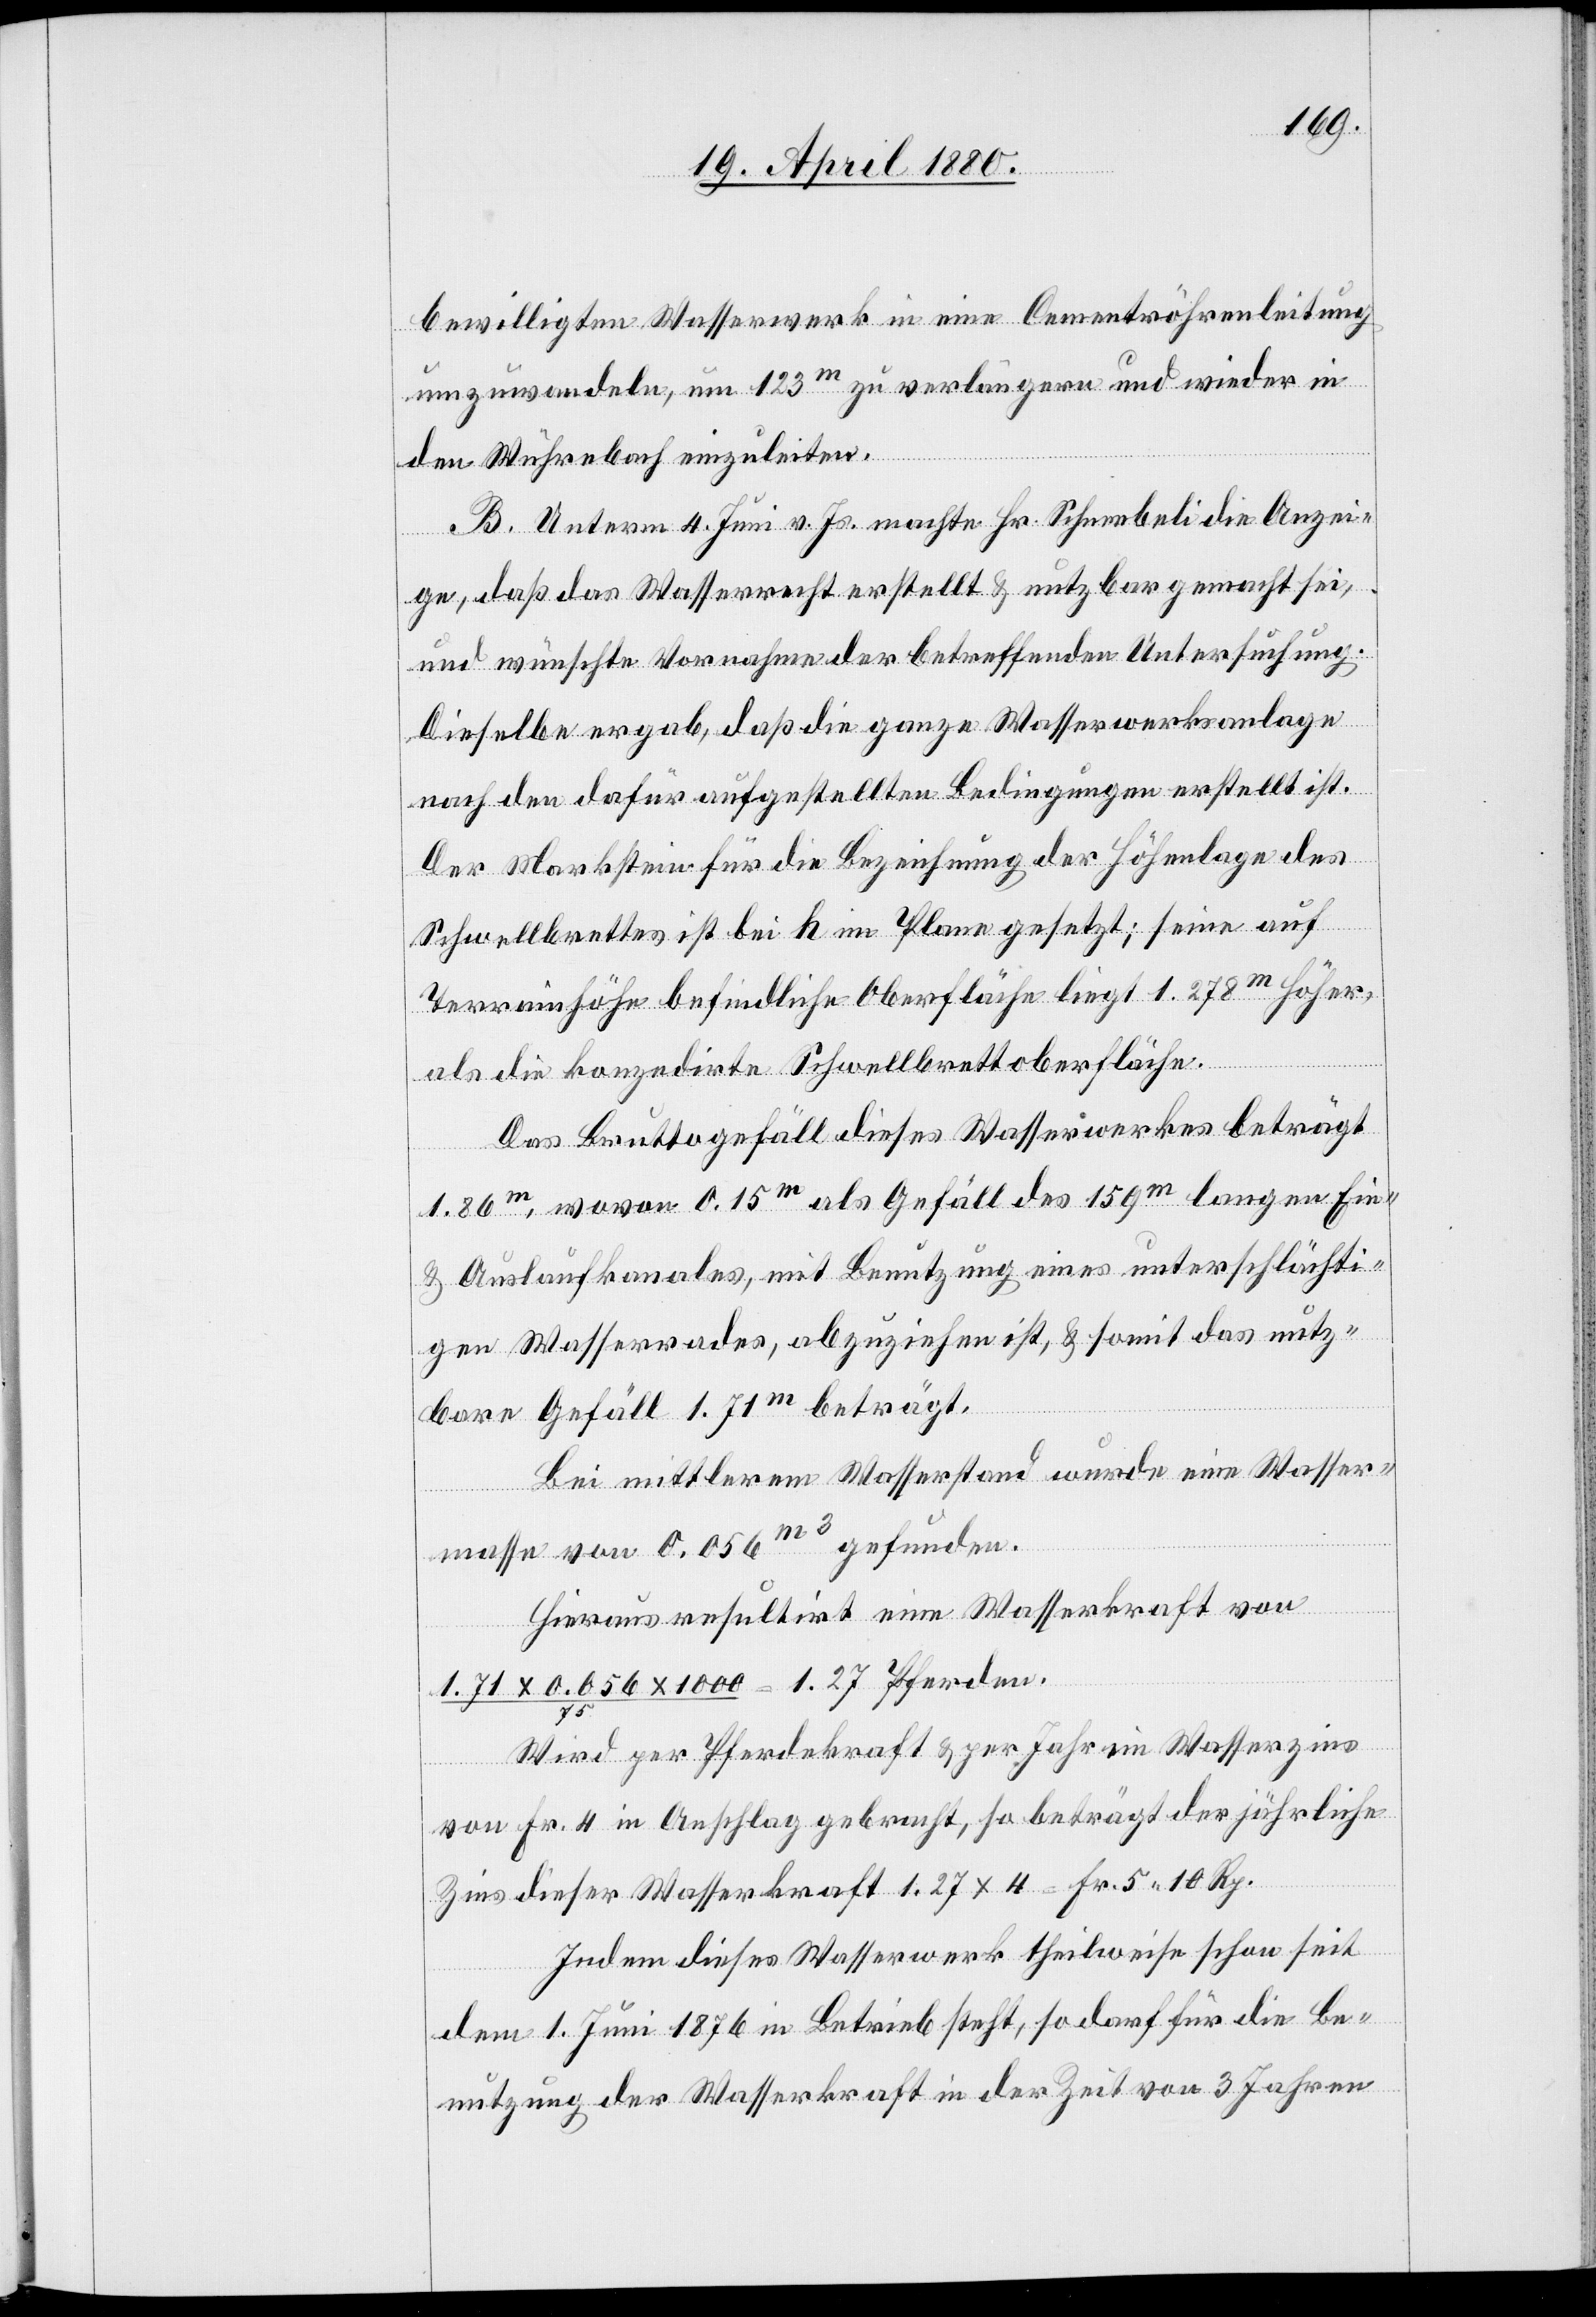
bewilligten Wasserwerk in eine Cementröhrenleitung
umzuwandeln, um 123m zu verlängern und wieder in
den Wührebach einzuleiten.
B. Unterm 4. Juni v. Js. machte Hr. Schneebeli die Anzei¬
ge, daß das Wasserrecht erstellt & nutzbar gemacht sei,
und wünschte Vornahme der betreffenden Untersuchung.
Dieselbe ergab, daß die ganze Wasserwerksanlage
nach den dafür aufgestellten Bedingungen erstellt ist.
Der Markstein für die Bezeichnung der Höhenlage des
Schwellbrettes ist bei h im Plane gesetzt; seine auf
Terrainhöhe befindliche Oberfläche liegt 1.278m höher,
als die konzedirte Schwellbrettoberfläche.
Das Bruttogefäll dieses Wasserwerkes beträgt
1.86m, wovon 0.15m als Gefäll des 159m langen Ein-
& Auslaufkanales, mit Benutzung eines unterschlächti¬
gen Wasserrades, abzuziehen ist, & somit das nutz¬
bare Gefäll 1.71m beträgt.
Bei mittlerem Wasserstand wurde eine Wasser¬
masse von 0.056m3 gefunden.
Hieraus resultirt eine Wasserkraft von
1.71 x 0.056 x 100/75 = 1.27 Pferden.
Wird per Pferdekraft & per Jahr ein Wasserzins
von Fr. 4 in Anschlag gebracht, so beträgt der jährliche
Zins dieser Wasserkraft 1.27 x 4 = Fr. 5. 10 Rp.
Indem dieses Wasserwerk theilweise schon seit
dem 1. Juni 1876 in Betrieb steht, so darf für die Be¬
nutzung der Wasserkraft in der Zeit von 3 Jahren